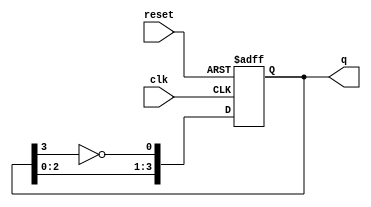
module JohnsonCounter #(parameter N = 4) (
    input wire clk,          // Clock signal
    input wire reset,        // Asynchronous reset signal
    output reg [N-1:0] q     // Output state of the counter
);

// Internal signal for the inverted output of the last flip-flop
wire feedback;

// Assign feedback to the inverted output of the last flip-flop
assign feedback = ~q[N-1];

// Sequential logic for the Johnson counter
always @(posedge clk or posedge reset) begin
    if (reset) begin
        // Asynchronous reset: set all flip-flops to 0
        q <= {N{1'b0}};
    end else begin
        // Shift the state according to the Johnson counter logic
        q <= {q[N-2:0], feedback};
    end
end

endmodule